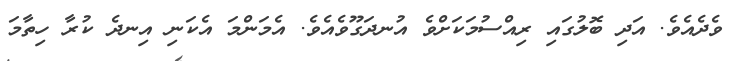
ވެދެއެވެ. އަދި ބޮލުގައި ރިއްސުމަކަށްވެ އުނދަގޫވެއެވެ. އެމަންމަ އެކަނި އިނދެ ކުރާ ހިތާމަ